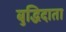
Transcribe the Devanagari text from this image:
बुद्धिदाता